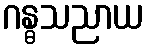
ဂန္ဓသညာယ